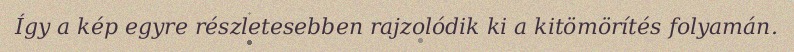
Így a kép egyre részletesebben rajzolódik ki a kitömörítés folyamán.